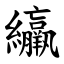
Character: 䌴